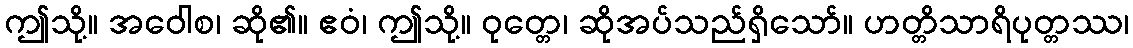
ဤသို့။ အဝေါစ၊ ဆို၏။ ဧဝံ၊ ဤသို့။ ဝုတ္တေ၊ ဆိုအပ်သည်ရှိသော်။ ဟတ္တိသာရိပုတ္တဿ၊